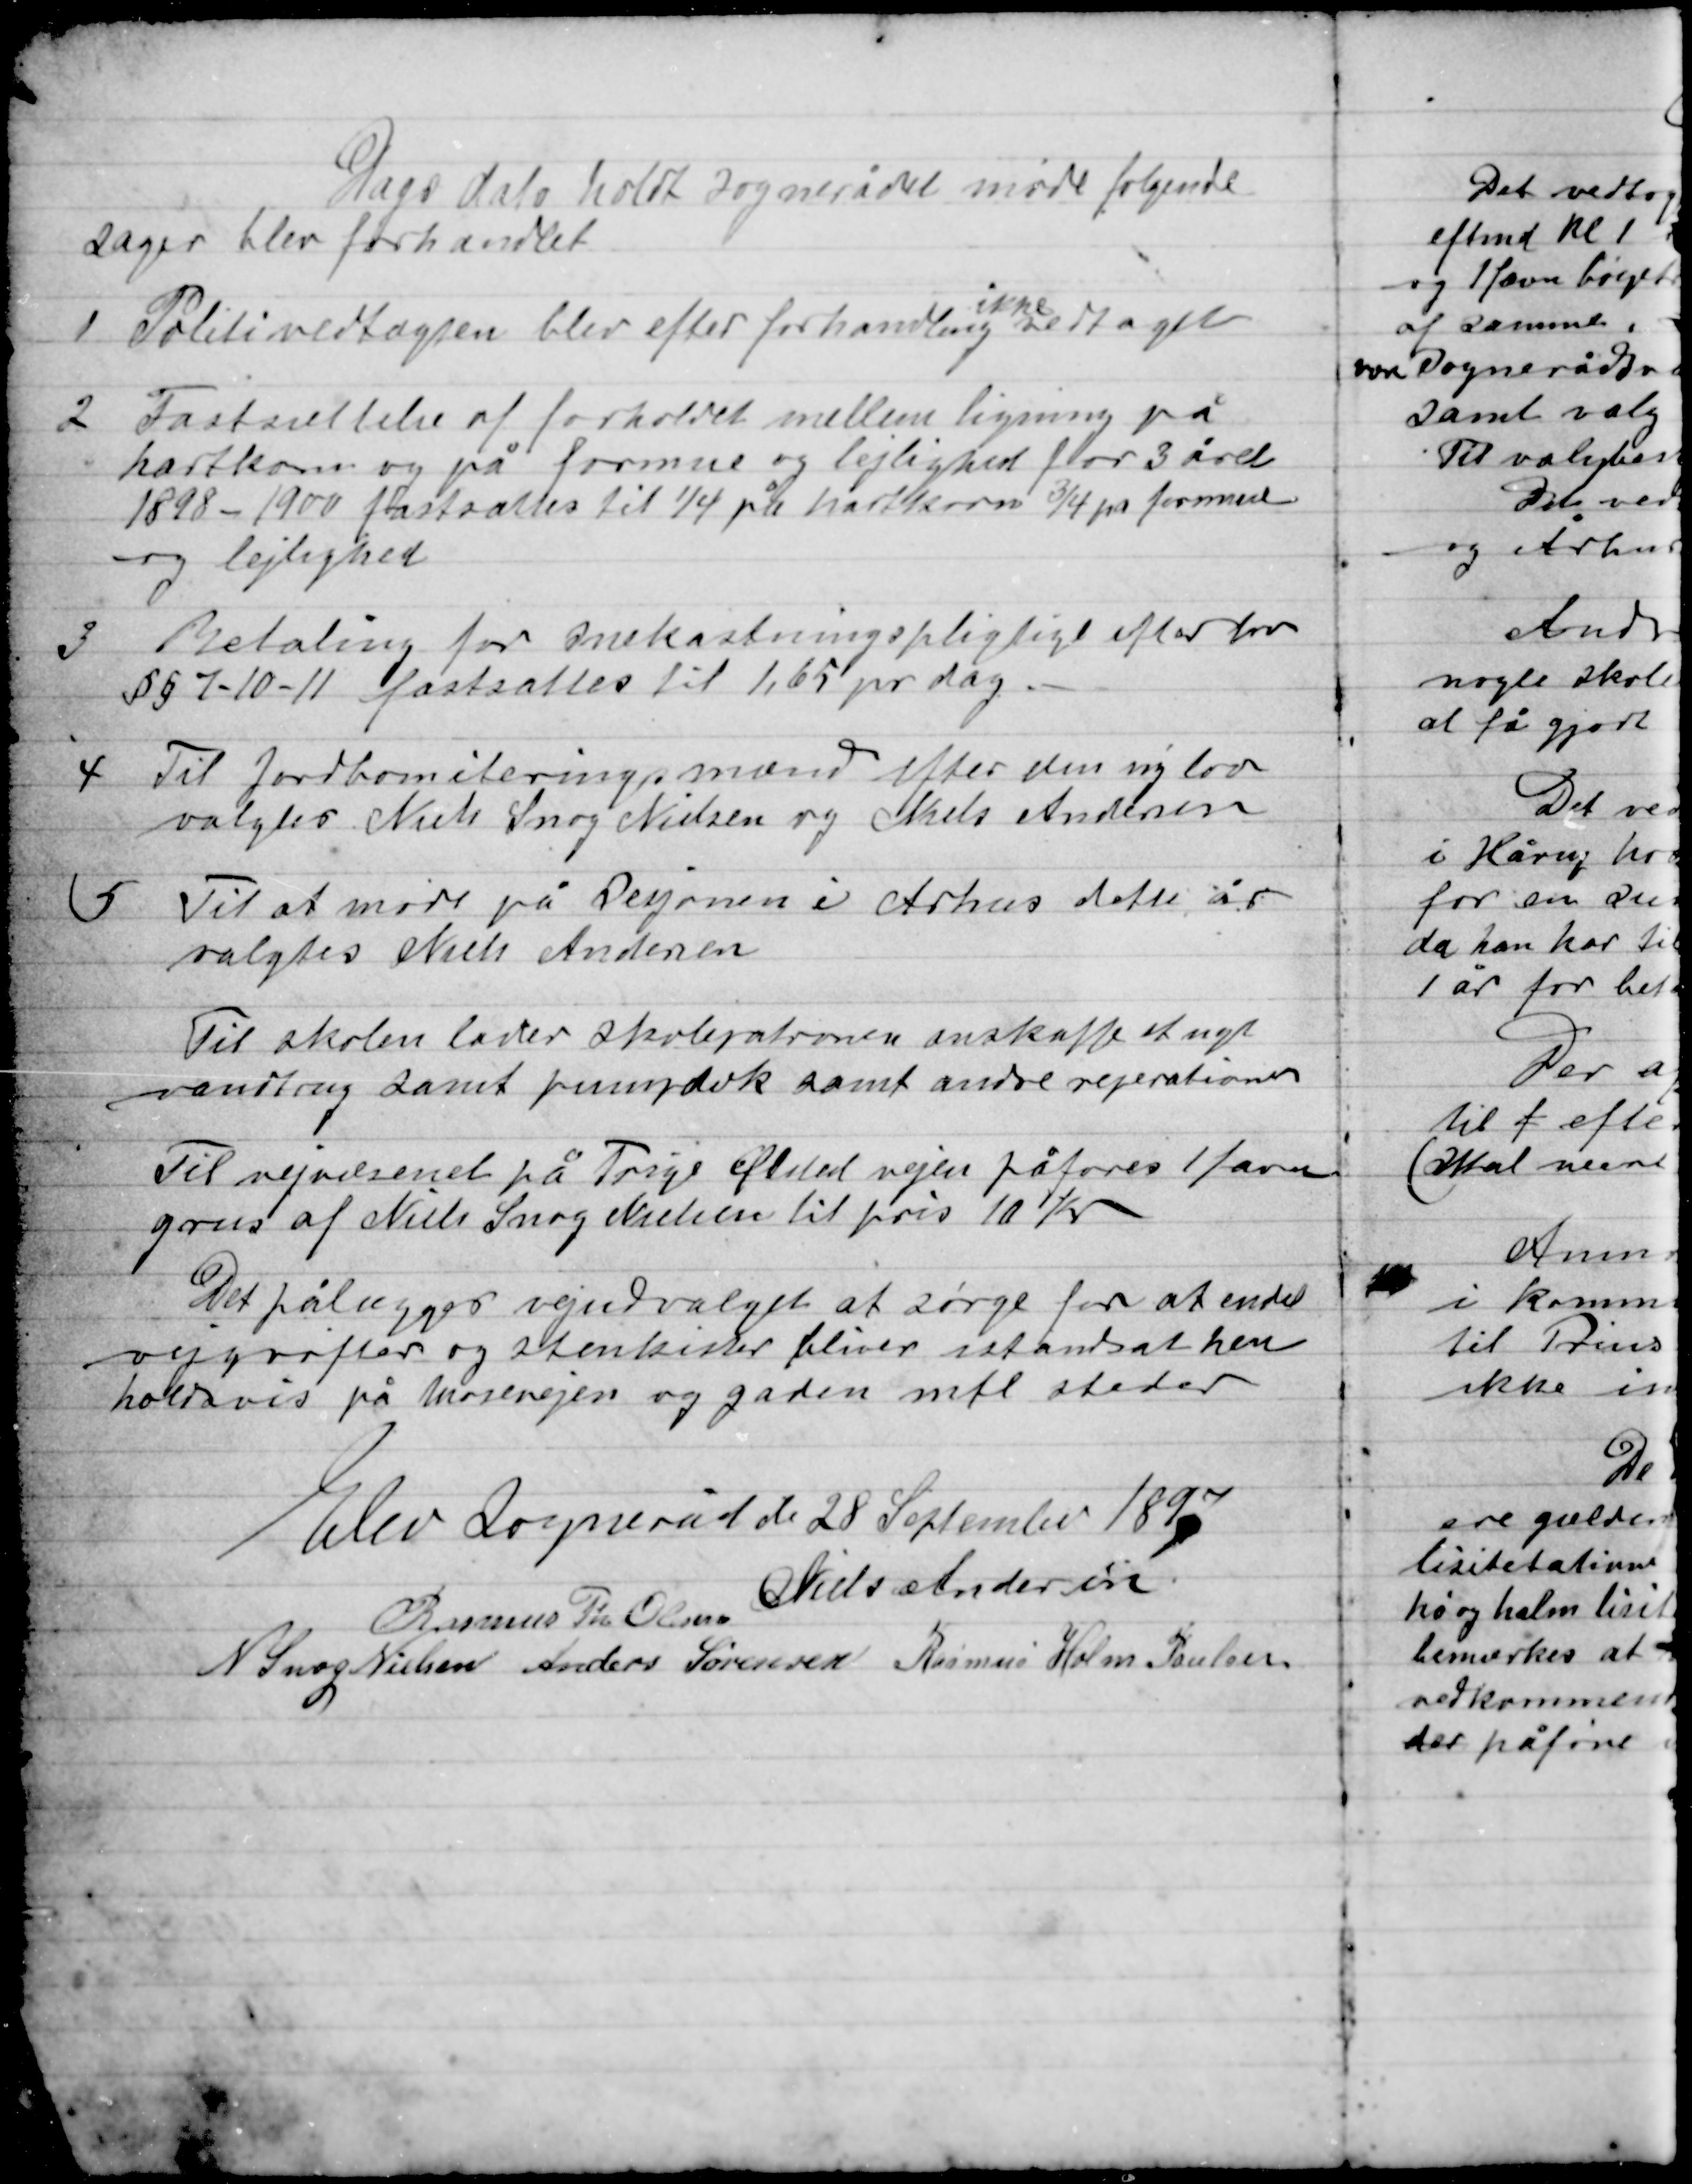
Transskription:
Dags dato holdt Sognerådet møde følgende
sager blev forhandlet

1

Politivedtægten blev efter forhandling ikke vedtaget.

2

Fastansættelse af forholdet mellem ligning på
hartkorn og på formue og lejlighed for 3 året
1898-1900 fastsættes til ¼ på hartkorn og ¾ på formue
og lejlighed

3

Betaling for snekastningspligtige efter for
§ § 7-10-11 fastsættes til 1,65 pr. dag.

4

Til Jordboniteringsmænd efter den nye lov
valgtes Niels Snog Nielsen og Niels Andersen.

5

Til at møde på Sesjonen i Århus dette år
valgtes Niels Andersen.

Til skolen lader skolepatronen anskaffe et nyt
vandtrug samt pumpestok samt andre reparationer.

Til vejvæsenet på Trige Ølsted vejen påføres 1 favn
grus af Niels Snog Nielsen til pris 10 Kr.

Det pålægges vejudvalget at sørge for at en del
vejgrøfter og stenkister bliver istandsat hen-
holdsvis på mosevejen og gaden mfl. Steder.

Elev Sogneråd d. 28 September 1897

Niels Andersen
Rasmus Th. Olsen
N. Snog Nielsen
Anders Sørensen
Rasmus Holm Poulsen